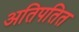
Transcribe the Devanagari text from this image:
अतिपतित